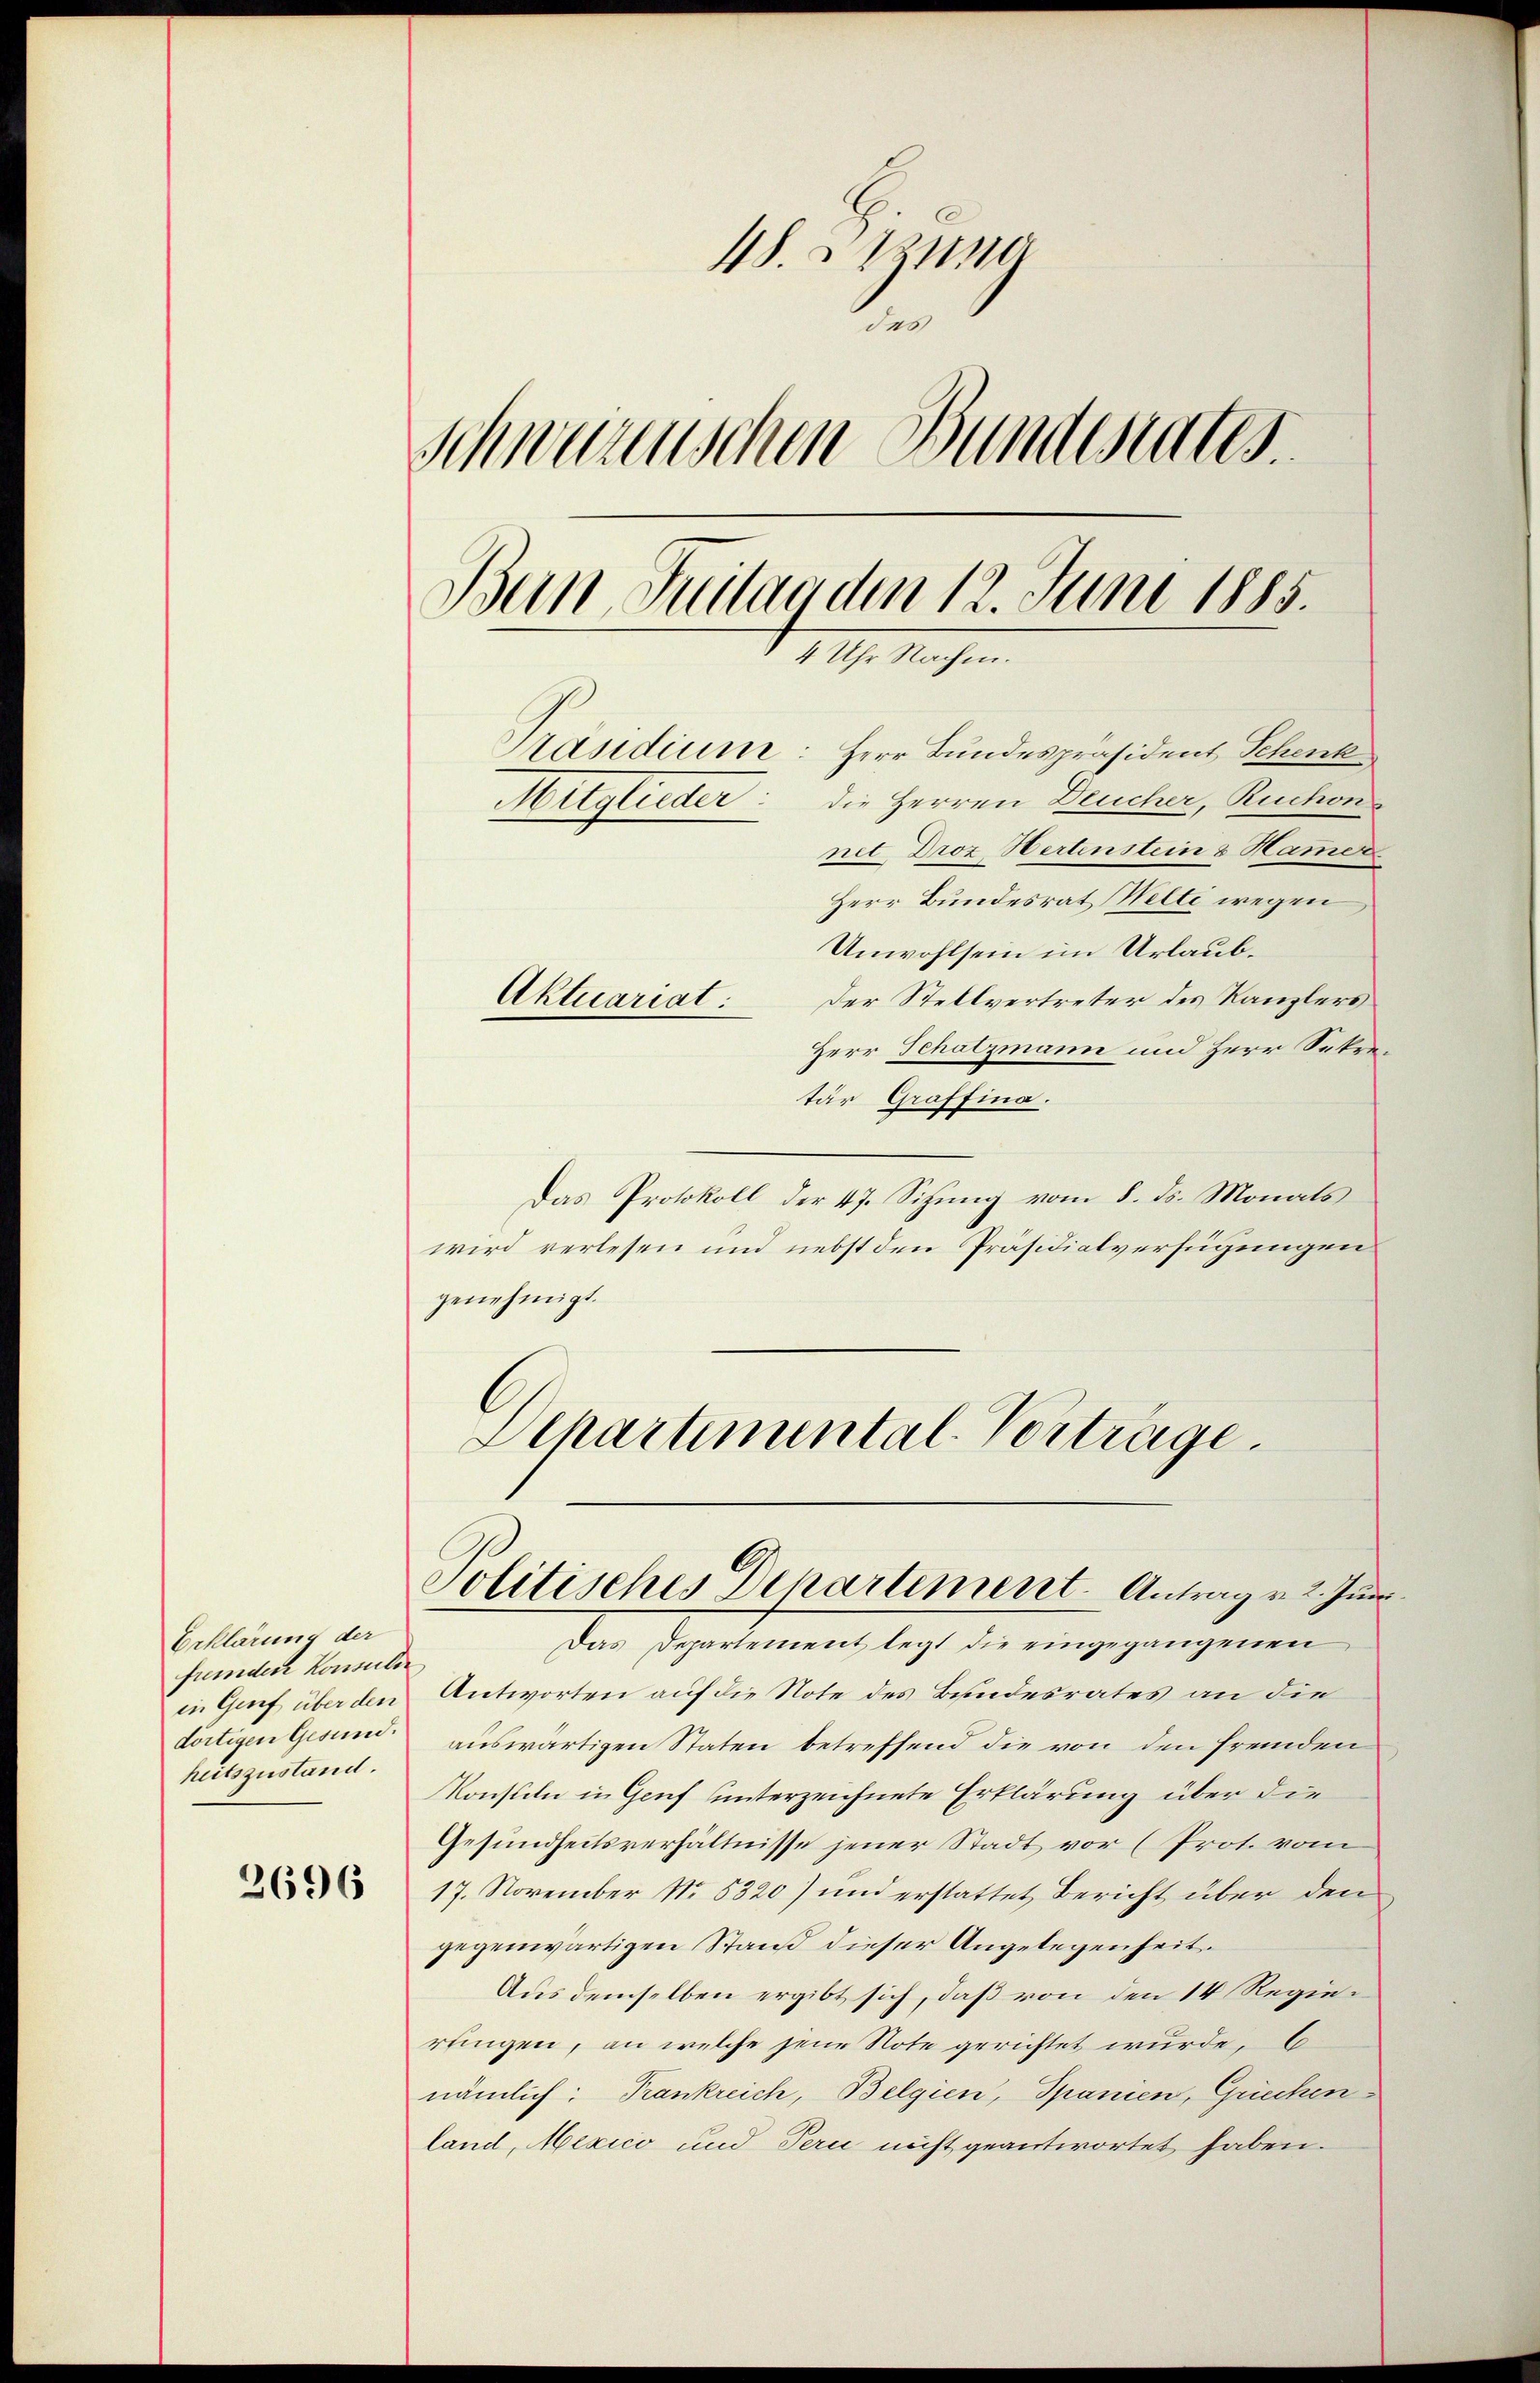
Erklärung der
fremden Konsulen
in Genf über den
dortigen Gesund.
heitszustand.

2696

48. Sitzung
t
Schwerenischen Bundesrates.
Ben Juitaaden 12. Juni 1885.
4 Uhr Nachm.
Präsidium: Herr Bundespräsident Schenk
die Herren Deucher, Ruchon
Mitglieder
net Droz. Hertenstein & Hamer
Herr Bundesrat Welti wegen
Unwohlsein im Urlaub¬
Aktuariat:
Der Stellvertreter des Kanzlers

Herr Schatzmann und Herr Sekretar Graffina.
Das Protokoll der 47. Sitzung vom 8. ds. Monats
wird verlesen und nebst den Präsidialverfügungen
genehmigt.
Schartemental-Vorträge.

Politisches Departiment. Antrag v. 2. Juni

Das Departement legt die eingegangenen
Antworten auf die Note des Bundesrates an die
auswärtigen Staten betreffend die von den fremden
Konsuln in Genf unterzeichnete Erklärung über die
Gesundheitsverhältnisse jener Stadt vor (Prot. vom
17. November No. 5320) und erstattet Bericht über den
gegenwärtigen Stand dieser Angelegenheit.
Aus demselben ergibt sich, daß von den 14 Regierungen, an welche jene Note gerichtet wurde, b
nämlich: Frankreich, Belgien, Spanien, Griechen
land, Mexico und Pern nicht geantwortet haben.